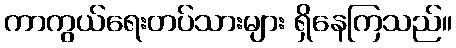
ကာကွယ်ရေးတပ်သားများ ရှိနေကြသည်။